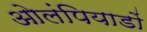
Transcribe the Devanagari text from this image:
ओलंपियाडों